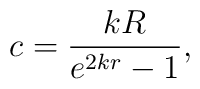
c= \frac{kR}{e^{2kr} -1},